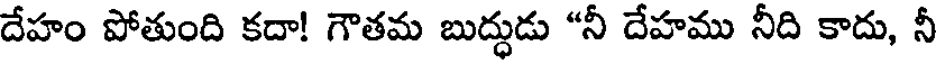
దేహం పోతుంది కదా! గౌతమ బుద్ధుడు "నీ దేహము నీది కాదు, నీ